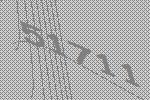
51711